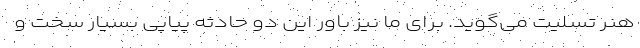
هنر تسلیت می‌گوید. برای ما نیز باور این دو حادثه پیاپی بسیار سخت و